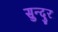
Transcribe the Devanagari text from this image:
सुन्दुर